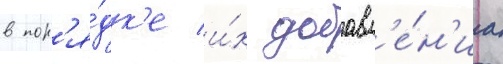
в пор'я́дк'е и́х добавл'е́н'иа